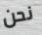
نحن